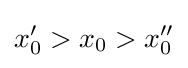
x_{0}'>x_{0}>x_{0}''